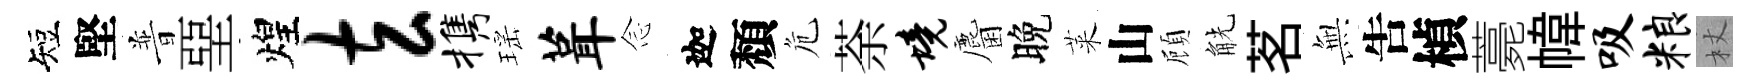
短堅普堊煌玄携瑶葺𫝹迦頽危荼境麕晚萊山頋觥茗𭴾吿楨薧幃吸粮杖